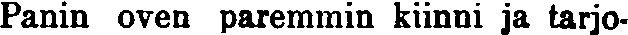
Panin oven paremmin kiinni ja tarjo-